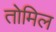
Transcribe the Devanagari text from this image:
तोमिल